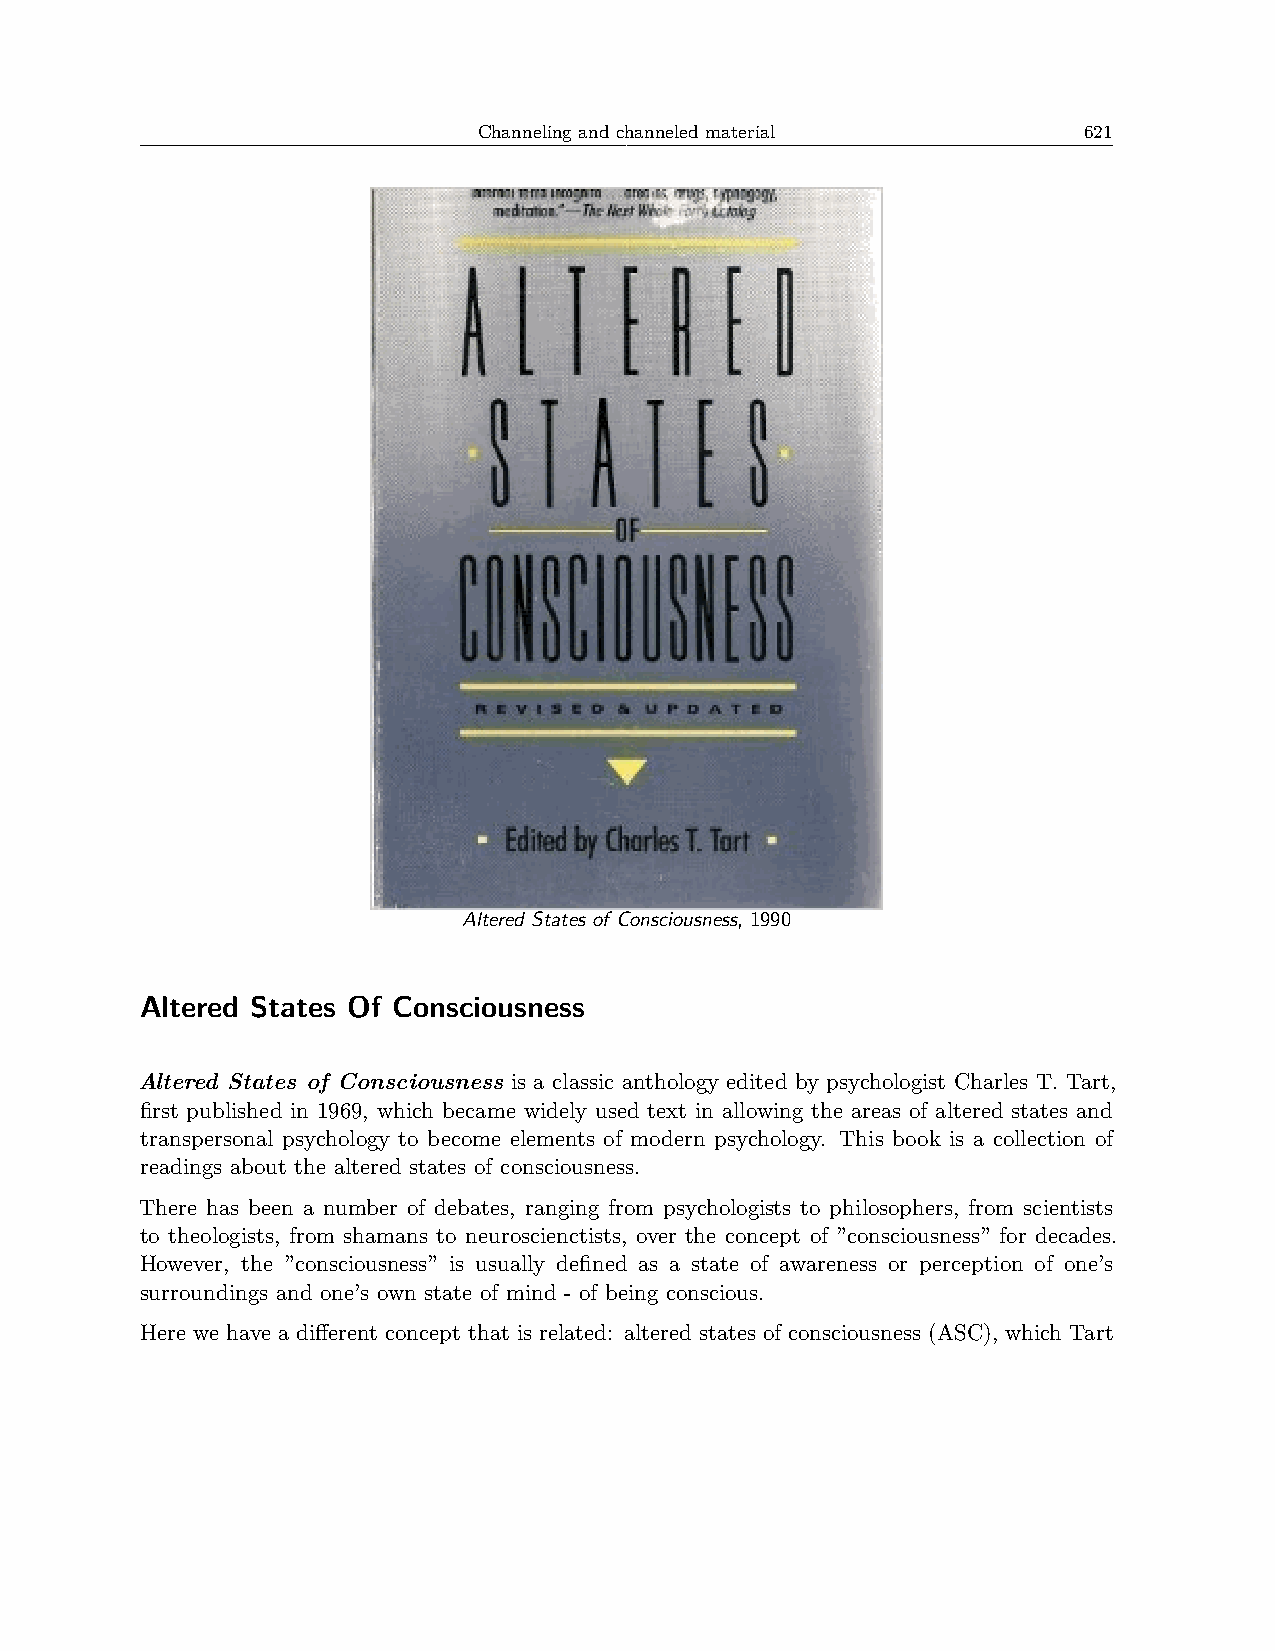
Channeling and channeled material       621
 Altered States of Consciousness, 1990
 Altered States Of Consciousness
 Altered States of Consciousness is a classic anthology edited by psychologist Charles T. Tart,
 first published in 1969, which became widely used text in allowing the areas of altered states and
 transpersonal psychology to become elements of modern psychology. This book is a collection of
 readings about the altered states of consciousness.
 There has been a number of debates, ranging from psychologists to philosophers, from scientists
 to theologists, from shamans to neuroscienctists, over the concept of ”consciousness” for decades.
 However, the ”consciousness” is usually defined as a state of awareness or perception of one’s
 surroundings and one’s own state of mind - of being conscious.
 Here we have a different concept that is related: altered states of consciousness (ASC), which Tart